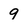
Character: 9